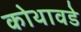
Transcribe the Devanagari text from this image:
कोथावडे